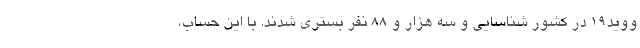
ووید۱۹ در کشور شناسایی و سه هزار و ۸۸ نفر بستری شدند. با این حساب،